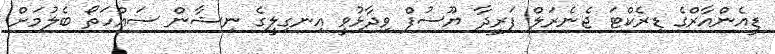
ޑީއެންއާރްގެ ޑިރެކްޓަ ޖެނެރަލް ފަރީދާ ޔޫސުފް ވިދާޅުވީ އިނގިލީގެ ނިޝާން ސައްހަތޯ ބެލުމަށް